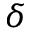
\delta